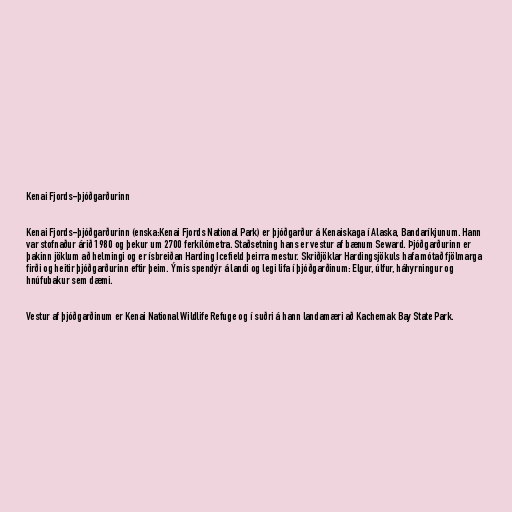
Kenai Fjords-þjóðgarðurinn

Kenai Fjords-þjóðgarðurinn (enska:Kenai Fjords National Park) er þjóðgarður á Kenaiskaga í Alaska, Bandaríkjunum. Hann
var stofnaður árið 1980 og þekur um 2700 ferkílómetra. Staðsetning hans er vestur af bænum Seward. Þjóðgarðurinn er
þakinn jöklum að helmingi og er ísbreiðan Harding Icefield þeirra mestur. Skriðjöklar Hardingsjökuls hafa mótað fjölmarga
firði og heitir þjóðgarðurinn eftir þeim. Ýmis spendýr á landi og legi lifa í þjóðgarðinum: Elgur, úlfur, háhyrningur og
hnúfubakur sem dæmi.

Vestur af þjóðgarðinum er Kenai National Wildlife Refuge og í suðri á hann landamæri að Kachemak Bay State Park.